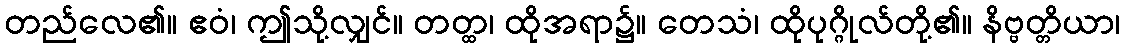
တည်လေ၏။ ဧဝံ၊ ဤသို့လျှင်။ တတ္ထ၊ ထိုအရာ၌။ တေသံ၊ ထိုပုဂ္ဂိုလ်တို့၏။ နိဗ္ဗတ္တိယာ၊